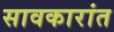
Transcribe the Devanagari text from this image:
सावकारांत